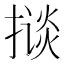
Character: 𱠦